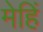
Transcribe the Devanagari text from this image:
मेहिं